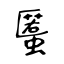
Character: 𧏾